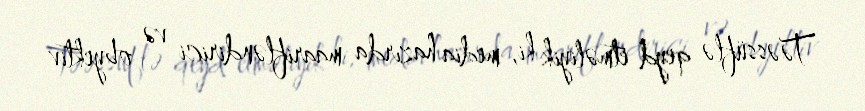
Təəssüflə qeyd etməliyik ki, media hazırda maarifləndirici və obyektiv